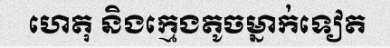
ហេតុ និងក្មេងតូចម្នាក់ទៀត